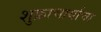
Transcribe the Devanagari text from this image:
शुक्राचार्याचा